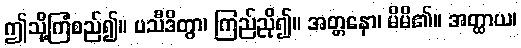
ဤသို့ကြံစည်၍။ ပသီဒိတွာ၊ ကြည်ညို၍။ အတ္တနော၊ မိမိ၏။ အတ္ထာယ၊